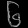
Digit: ၆